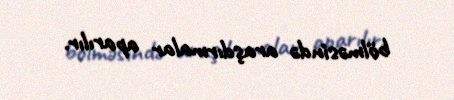
bölməsində araşdırmalar aparılır.